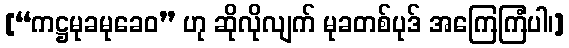
[“ကဋ္ဌမုခမုခေဝ” ဟု ဆိုလိုလျက် မုခတစ်ပုဒ် အကြေကြံပါ၊]